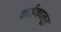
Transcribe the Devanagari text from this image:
काईकालूर